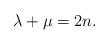
LaTeX: \begin{align*}\lambda+\mu=2n.\end{align*}